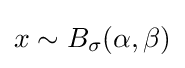
x\sim B_{\sigma }(\alpha ,\beta )